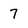
Character: 7